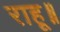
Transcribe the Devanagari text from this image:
राहू॥